Report of the King Institute of Preventive Medicine, Guindy
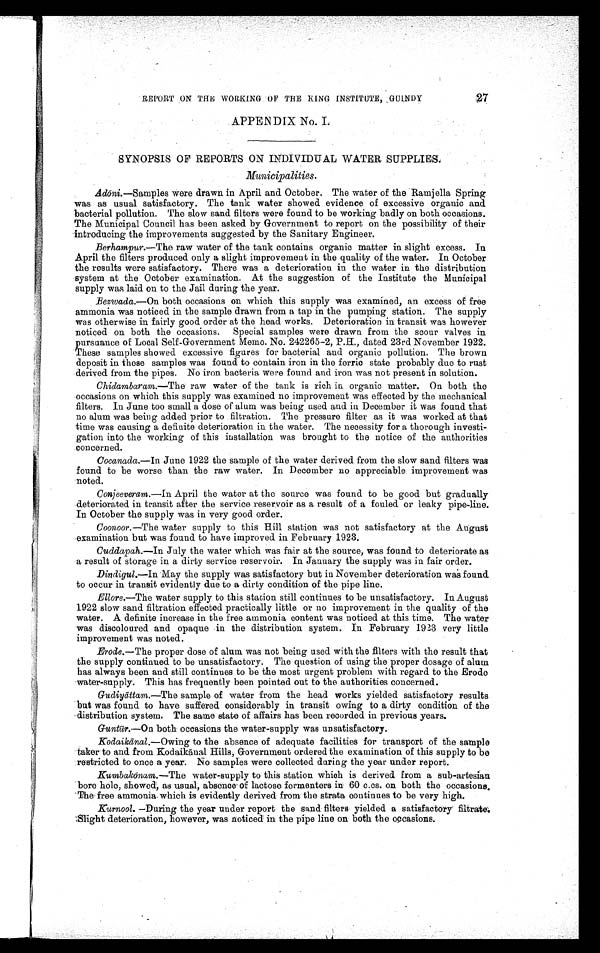
REPORT ON THE WORKING OF THE KING INSTITUTE, GUINDY
APPENDIX No. I.
SYNOPSIS OF REPORTS ON INDIVIDUAL WATER SUPPLIES.
Municipalities.
A.dōni.—Samples were drawn in April and October. The water of the Ramjella Spring
was as usual satisfactory. The tank water showed evidence of excessive organic and
bacterial pollution. The slow sand filters were found to be working badly on both occasions.
The Municipal Council has been asked by Government to report on the possibility of their
introducing the improvements suggested by the Sanitary Engineer.
Berhampur.— The raw water of the tank contains organic matter in slight excess. In
April the filters produced only a slight improvement in the quality of the water. In October
the results were satisfactory. There was a deterioration in the water in the distribution
system at the October examination. At the suggestion of the Institute the Municipal
supply was laid on to the Jail during the year.
Bezwada.—On both occasions on which this supply was examined, an excess of free
ammonia was noticed in the sample drawn from a tap in the pumping station. The supply
was otherwise in fairly good order at the head works. Deterioration in transit was however
noticed on both the occasions. Special samples were drawn from the scour valves in
pursuance of Local Self-Government Memo. No. 242265-2, P.H., dated 23rd November 1922.
These samples showed excessive figures for bacterial and organic pollution. The brown
deposit in these samples was found to contain iron in the ferric state probably due to rust
derived from the pipes. No iron bacteria were found and iron was not present in solution.
Chidambaram .—The raw water of the tank is rich in organic matter. On both the
occasions on which this supply was examined no improvement was effected by the mechanical
filters. In June too small a dose of alum was being used and in December it was found that
no alum was being added prior to filtration. The pressure filter as it was worked at that
time was causing a definite deterioration in the water. The necessity for a thorough investi
- g a t i o n i n t o t h e w o r k i n g o f t h i s i n s t a l l a t i o n w a s b r o u g h t t o t h e n o t i c e o f t h e a u t h o r i t i e s
concerned.
Cocanada.—In June 1922 the sample of the water derived from the slow sand filters was
found to be worse than the raw water. In December no appreciable improvement was
noted.
Conjeeveram.—In April the water at the source was found to be good but gradually
deteriorated in transit after the service reservoir as a result of a fouled or leaky pipe-line.
In October the supply was in very good order.
Coonoor.—The water supply to this Hill station was not satisfactory at the August
examination but was found to have improved in February 1923.
Cuddapah.—In July the water which was fair at the source, was found to deteriorate as
a result of storage in a dirty service reservoir. In January the supply was in fair order.
Dindigul.—In May the supply was satisfactory but in November deterioration was found
to occur in transit evidently due to a dirty condition of the pipe line.
Ellore.—The water supply to this station still continues to be unsatisfactory. In August
1922 slow sand filtration effected practically little or no improvement in the quality of the
water. A definite increase in the free ammonia content was noticed at this time. The water
was discoloured and opaque in the distribution system. In February 1923 very little
improvement was noted.
Erode.— The proper dose of alum was not being used with the filters with the result that
the supply continued to be unsatisfactory. The question of using the proper dosage of alum
has always been and still continues to be the most urgent problem with regard to the Erode
water-supply. This has frequently been pointed out to the authorities concerned.
Gudiyā t t a m
. — T h e s a m p l e o f w a t e r f r o m t h e h e a d w o r k s y i e l d e d s a t i s f a c t o r y r e s u l t s
but was found to have suffered considerably in transit owing to a dirty condition of the
distribution system. The same state of affairs has been recorded in previous years.
Guntūr.—On both occasions the water-supply was unsatisfactory.
Kodaikānal.—Owing to the absence of adequate facilities for transport of the sample
taker to and from Kodaikānal Hills, Government ordered the examination of this supply to be
restricted to once a year. No samples were collected during the year under report.
Kumbakonam.—The water-supply to this station which is derived from a sub-artesian
bore hole, showed, as usual, absence of lactose fermenters in 60 c.cs. on both the occasions.
The free ammonia which is evidently derived from the strata continues to be very high.
Kurnool.—During the year under report the sand filters yielded a satisfactory filtrate.
Slight deterioration, however, was noticed in the pipe line on both the occasions.